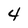
Character: 4